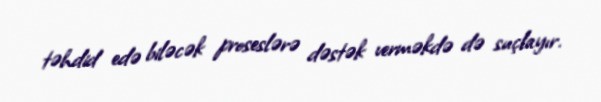
təhdid edə biləcək proseslərə dəstək verməkdə də suçlayır.